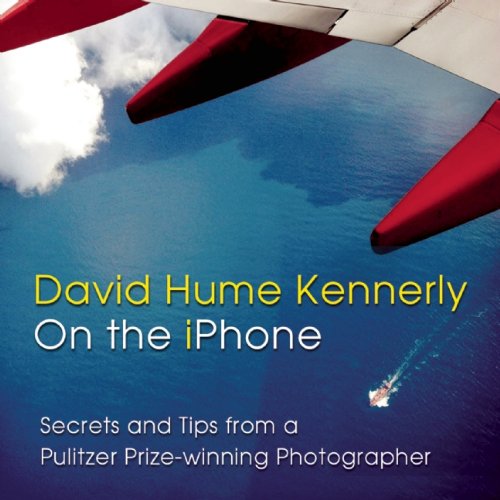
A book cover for David Hume Kennerly On the iPhone: Secrets and Tips from a Pulitzer Prize-winning Photographer; David Hume Kennerly; Arts & Photography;